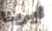
ايرينا